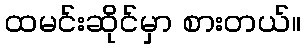
ထမင်းဆိုင်မှာ စားတယ်။